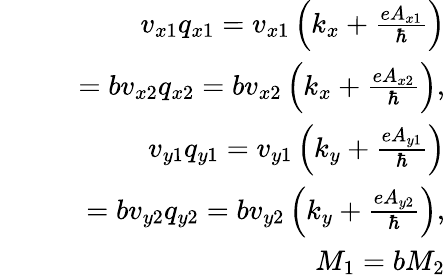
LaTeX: \begin{array}{rlr}&{}&{v_{x1}q_{x1}=v_{x1}\left(k_{x}+\frac{eA_{x1}}{\hbar}\right)}\\ &{}&{~~=bv_{x2}q_{x2}=bv_{x2}\left(k_{x}+\frac{eA_{x2}}{\hbar}\right),}\\ &{}&{v_{y1}q_{y1}=v_{y1}\left(k_{y}+\frac{eA_{y1}}{\hbar}\right)}\\ &{}&{~~=bv_{y2}q_{y2}=bv_{y2}\left(k_{y}+\frac{eA_{y2}}{\hbar}\right),}\\ &{}&{M_{1}=bM_{2}}\end{array}